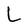
Character: L